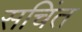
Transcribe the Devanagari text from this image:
सचिंत